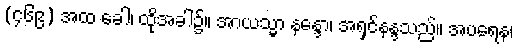
(၄၆၉) အထ ခေါ၊ ထိုအခါ၌။ အာယသ္မာ နန္ဒော၊ အရှင်နန္ဒသည်။ အပရေန၊